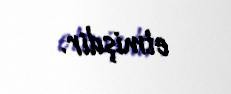
etmişdir.